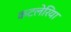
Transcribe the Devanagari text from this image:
कटलेरिया